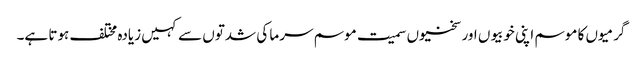
گرمیوں کا موسم اپنی خوبیوں اور سختیوں سمیت موسم سرما کی شدتوں سے کہیں زیادہ مختلف ہوتا ہے۔